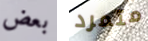
بعض متمرد